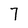
Character: 7